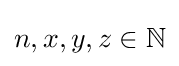
n,x,y,z\in \mathbb {N}